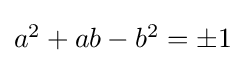
\textstyle a^{2}+ab-b^{2}=\pm 1